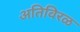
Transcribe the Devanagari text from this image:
अतिविरळ